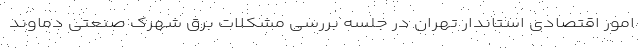
امور اقتصادی استاندار تهران در جلسه بررسی مشکلات برق شهرک صنعتی دماوند